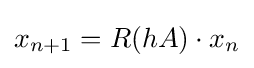
x_{n+1}=R(hA)\cdot x_{n}